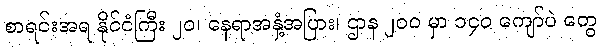
စာရင်းအရ နိုင်ငံကြီး ၂၀၊ နေရာအနှံ့အပြား၊ ဌာန ၂၀၀ မှာ ၁၄၀ ကျော်ပဲ တွေ